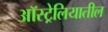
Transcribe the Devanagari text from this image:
अाॅस्ट्रेलियातील